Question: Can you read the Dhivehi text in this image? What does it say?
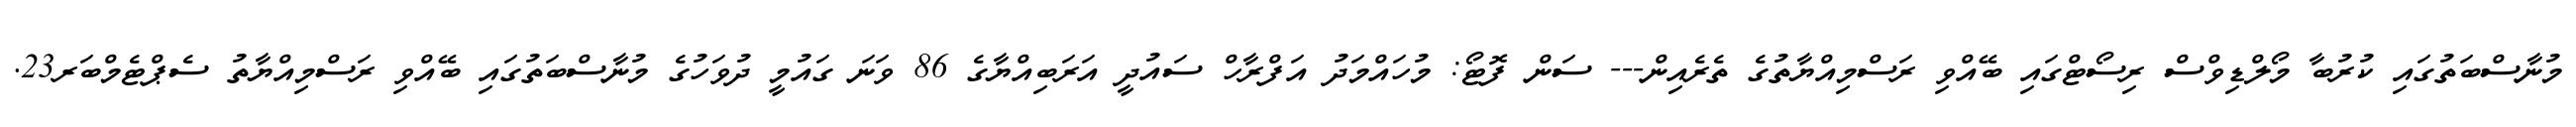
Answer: މުނާސްބަތުގައި ކުރުބާ މޯލްޑިވްސް ރިސޯޓްގައި ބޭއްވި ރަސްމިއްޔާތުގެ ތެރެއިން--- ސަން ފޮޓޯ: މުހައްމަދު އަފްރާހް ސައުދީ އަރަބިއްޔާގެ 86 ވަނަ ގައުމީ ދުވަހުގެ މުނާސްބަތުގައި ބޭއްވި ރަސްމިއްޔާތު ސެޕްޓެމްބަރ23.